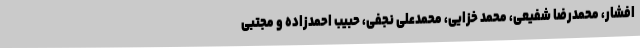
افشار، محمدرضا شفیعی، محمد خزایی، محمدعلی نجفی، حبیب احمدزاده و مجتبی